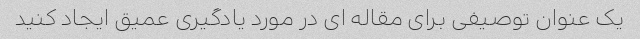
یک عنوان توصیفی برای مقاله ای در مورد یادگیری عمیق ایجاد کنید